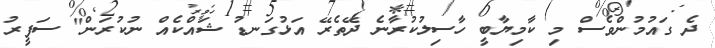
ދެ ގައުމުންވެސް މި ކާމިޔާބީ ހާސިލުކުރާނެ ދޭތެރޭ އަޅުގަނޑު ޝައްކެއް ނުކުރަން" ސަފީރު